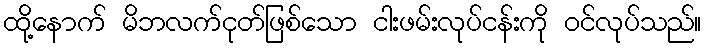
ထို့နောက် မိဘလက်ငုတ်ဖြစ်သော ငါးဖမ်းလုပ်ငန်းကို ဝင်လုပ်သည်။